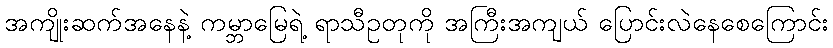
အကျိုးဆက်အနေနဲ့ ကမ္ဘာမြေရဲ့ ရာသီဥတုကို အကြီးအကျယ် ပြောင်းလဲနေစေကြောင်း